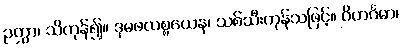
ဉတွာ၊ သိကုန်၍။ ဒုမဖလစ္စယေန၊ သစ်သီးကုန်သဖြင့်။ ဝိဟင်္ဂမာ၊